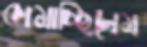
কামাচ্ছিলেম